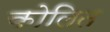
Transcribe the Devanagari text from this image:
कोलित